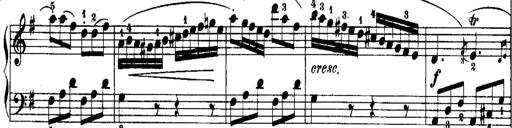
Title: Rondos and Sonatinas for Pianoforte
Composer: Daniel Steibelt